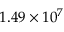
\phantom { - } 1 . 4 9 \times 1 0 ^ { 7 }